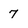
Character: 7